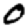
Digit: 0